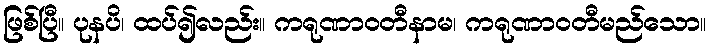
ဖြစ်ပြီ။ ပုနပိ၊ ထပ်၍လည်း။ ကရုဏာဝတီနာမ၊ ကရုဏာဝတီမည်သော။